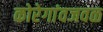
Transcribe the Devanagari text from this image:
कोरेगांवजवळ